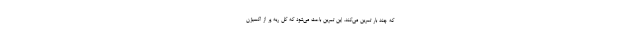
که چند بار تمرین می‌کند. این تمرین باعث می‌شود که کل ریه پر از اکسیژن